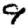
Digit: 9